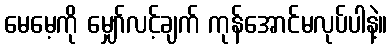
မေမေ့ကို မျှော်လင့်ချက် ကုန်အောင်မလုပ်ပါနဲ့။